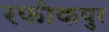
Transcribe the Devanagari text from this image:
रफीकपुर